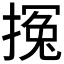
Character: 𰔚